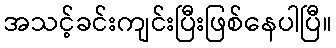
အသင့်ခင်းကျင်းပြီးဖြစ်နေပါပြီ။